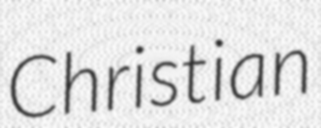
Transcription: Christian